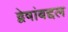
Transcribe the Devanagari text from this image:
द्वेषांबद्दल